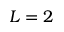
L = 2